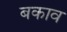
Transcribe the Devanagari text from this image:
बकाव